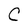
Character: C